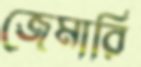
জেমারি